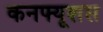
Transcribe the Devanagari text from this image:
कनफ्यूशस